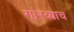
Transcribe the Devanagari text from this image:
गारव्याच